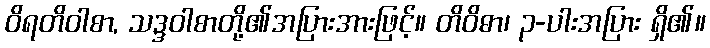
ဝိရတိဝါစာ, သဒ္ဒဝါစာတို့၏အပြားအားဖြင့်။ တိဝိဓာ၊ ၃-ပါးအပြား ရှိ၏။